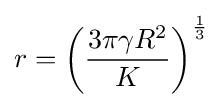
r=\left({\frac {3\pi \gamma R^{2}}{K}}\right)^{\frac {1}{3}}